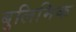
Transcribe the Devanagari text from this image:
बुलिमिक